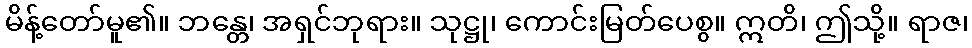
မိန့်တော်မူ၏။ ဘန္တေ၊ အရှင်ဘုရား။ သုဋ္ဌု၊ ကောင်းမြတ်ပေစွ။ ဣတိ၊ ဤသို့။ ရာဇ၊